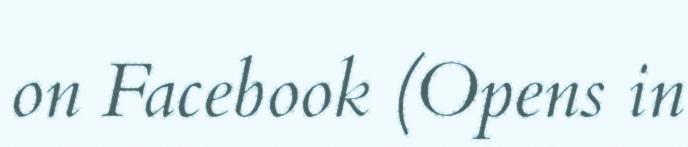
on Facebook (Opens in